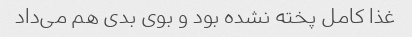
غذا کامل پخته نشده بود و بوی بدی هم می‌داد